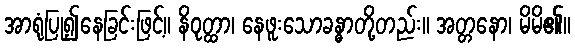
အာရုံပြု၍နေခြင်းဖြင့်။ နိဝုတ္ထာ၊ နေဖူးသောခန္ဓာတို့တည်း။ အတ္တနော၊ မိမိ၏။